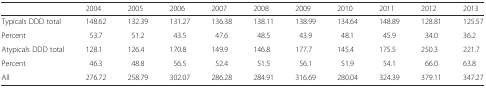
<table><thead><tr><td></td><td><b>2004</b></td><td><b>2005</b></td><td><b>2006</b></td><td><b>2007</b></td><td><b>2008</b></td><td><b>2009</b></td><td><b>2010</b></td><td><b>2011</b></td><td><b>2012</b></td><td><b>2013</b></td></tr></thead><tbody><tr><td>Typicals DDD total</td><td>148.62</td><td>132.39</td><td>131.27</td><td>136.38</td><td>138.11</td><td>138.99</td><td>134.64</td><td>148.89</td><td>128.81</td><td>125.57</td></tr><tr><td>Percent</td><td>53.7</td><td>51.2</td><td>43.5</td><td>47.6</td><td>48.5</td><td>43.9</td><td>48.1</td><td>45.9</td><td>34.0</td><td>36.2</td></tr><tr><td>Atypicals DDD total</td><td>128.1</td><td>126.4</td><td>170.8</td><td>149.9</td><td>146.8</td><td>177.7</td><td>145.4</td><td>175.5</td><td>250.3</td><td>221.7</td></tr><tr><td>Percent</td><td>46.3</td><td>48.8</td><td>56.5</td><td>52.4</td><td>51.5</td><td>56.1</td><td>51.9</td><td>54.1</td><td>66.0</td><td>63.8</td></tr><tr><td>All</td><td>276.72</td><td>258.79</td><td>302.07</td><td>286.28</td><td>284.91</td><td>316.69</td><td>280.04</td><td>324.39</td><td>379.11</td><td>347.27</td></tr></tbody></table>